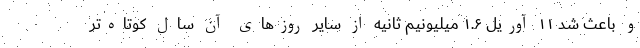
و باعث شد ۱۱ آوریل ۱.۶ میلیونیم ثانیه از سایر روزهای آن سال کوتاه‌تر